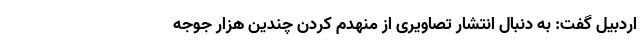
اردبیل گفت: به دنبال انتشار تصاویری از منهدم کردن چندین هزار جوجه